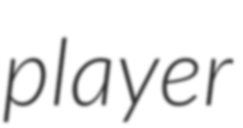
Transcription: player